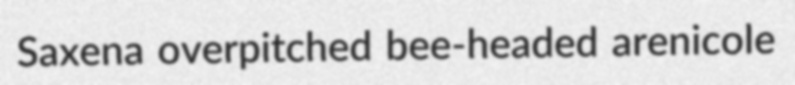
Saxena overpitched bee-headed arenicole